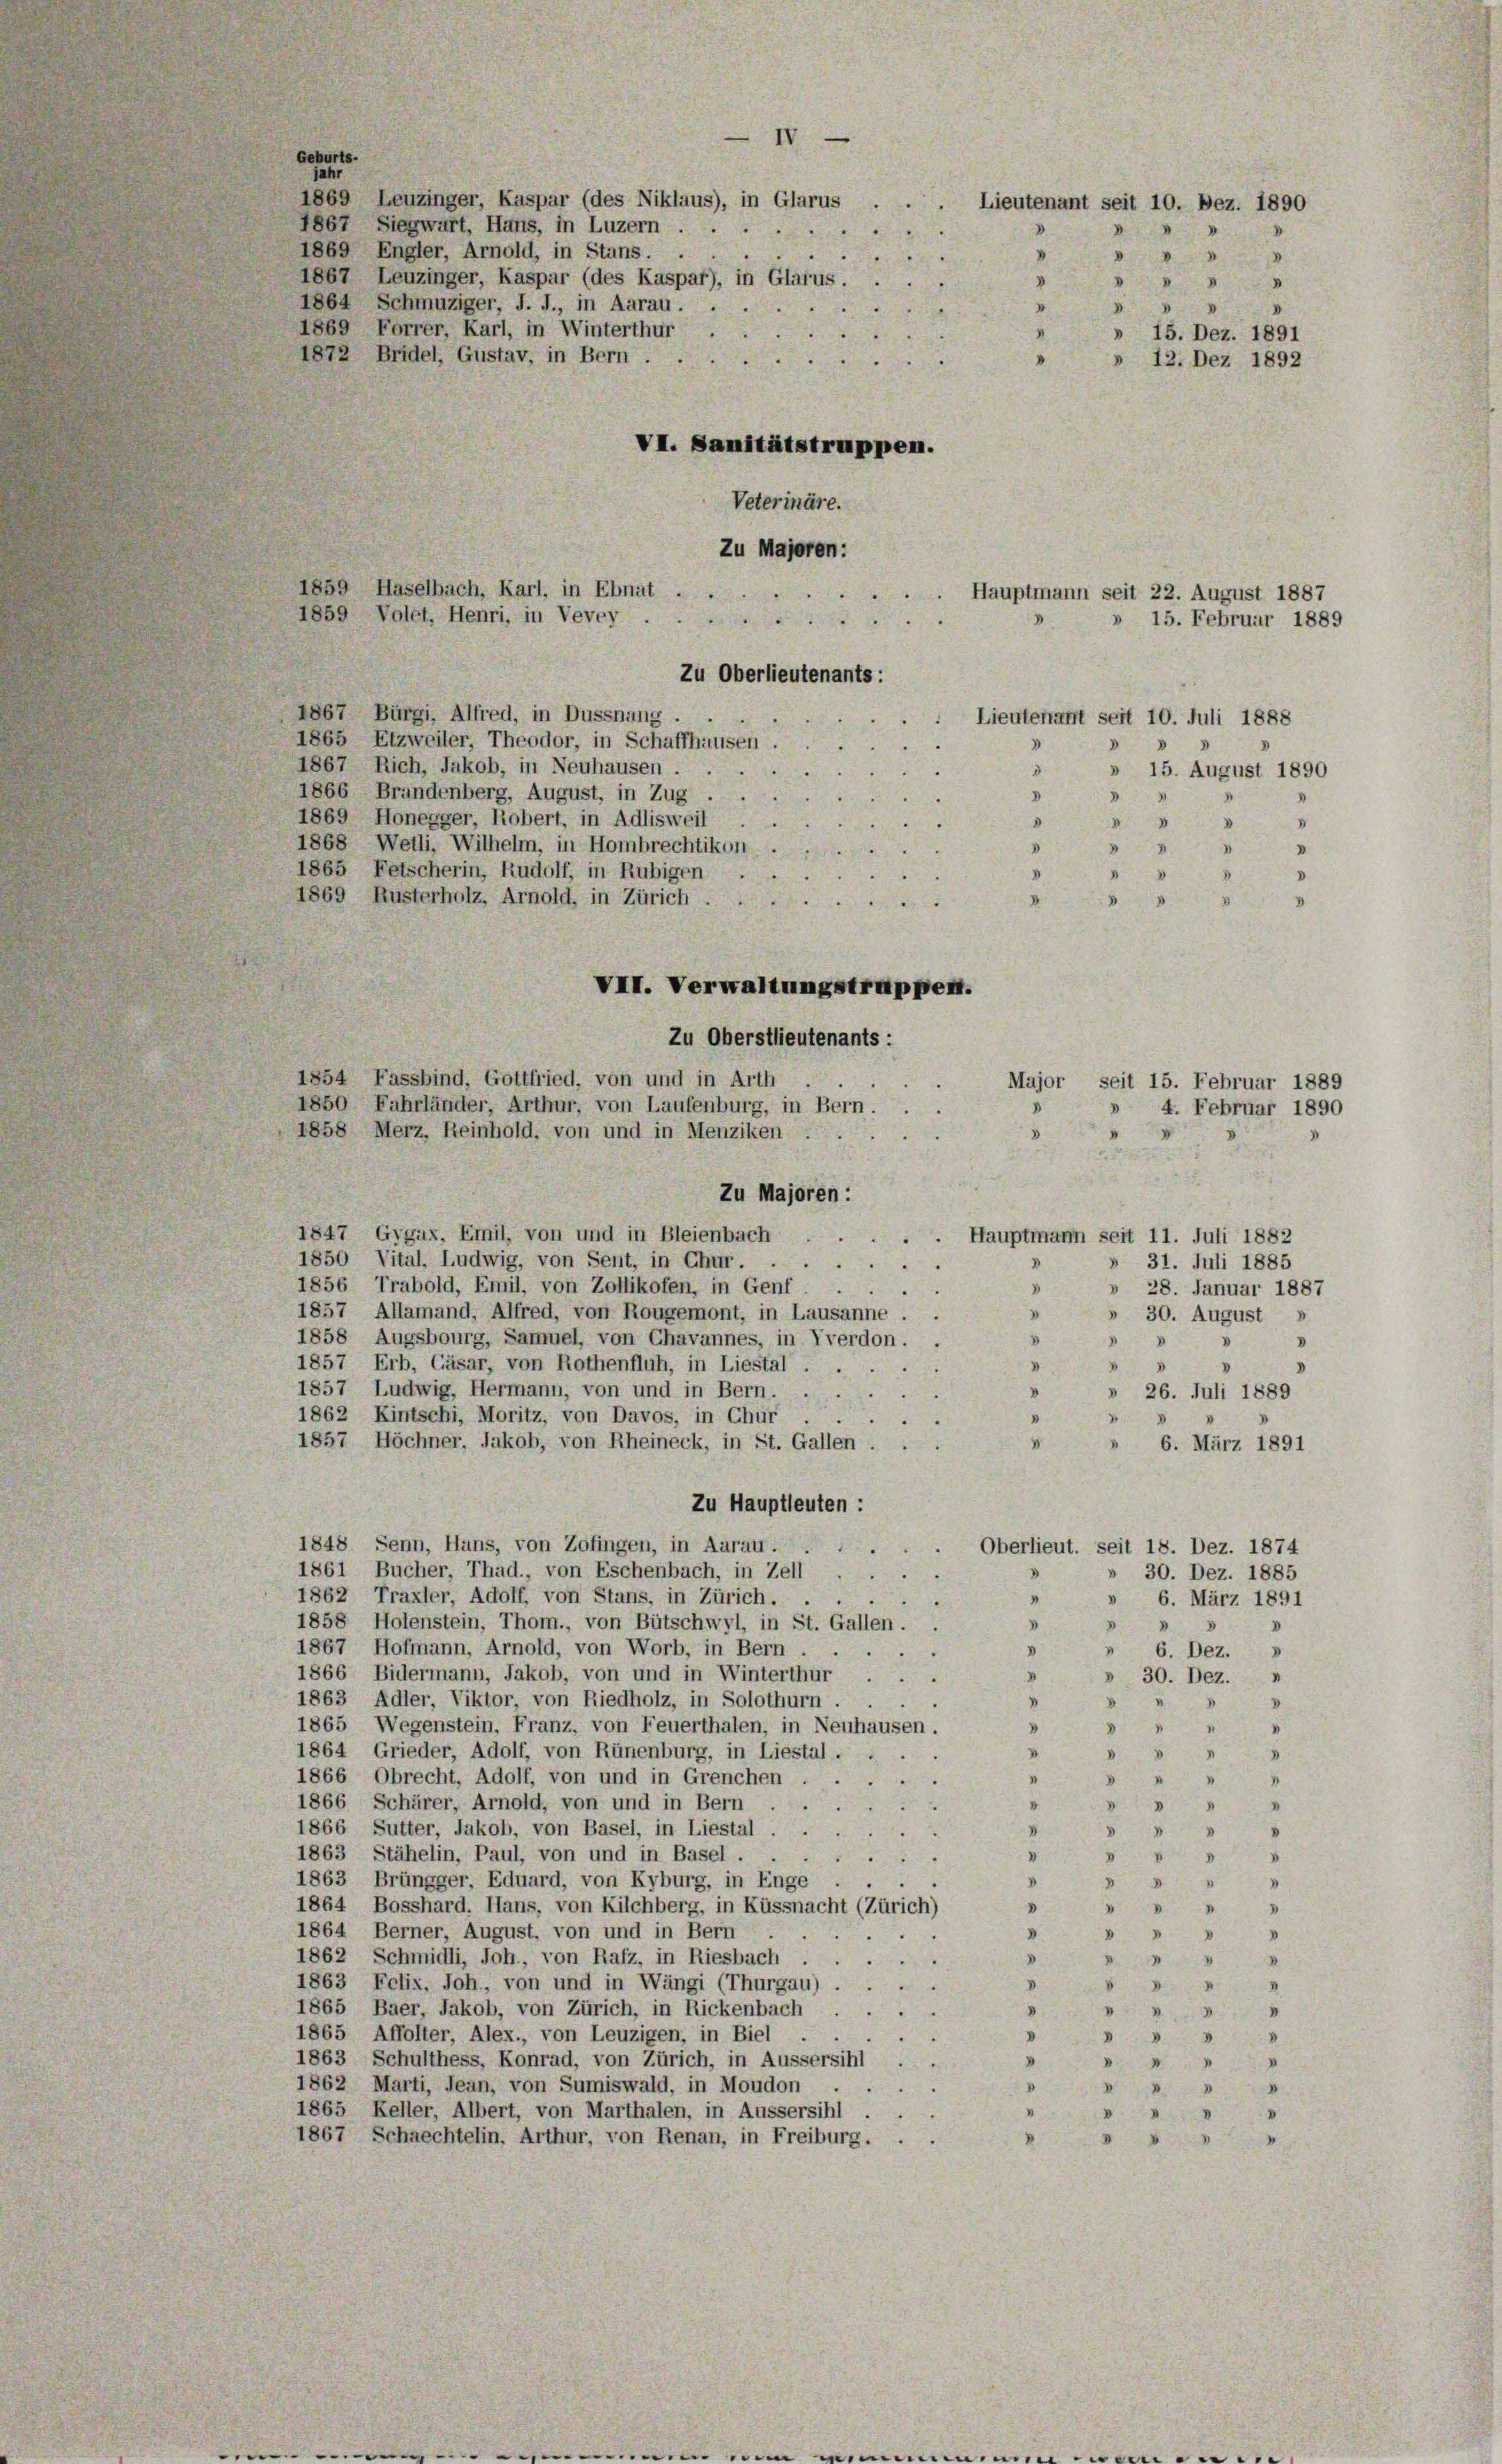
Geburts-
jahr
1869 Leuzinger, Kaspar (des Niklaus), in Glarus
1867 Siegwart, Hans, in Luzern
1869 Engler, Arnold, in Stans.
1867, Leuzinger, Kaspar (des Kaspar), in Glarus,
1864 Schmuziger, J. J., in Aarau.
1869 Forrer, Karl, in Winterthur
1872 Bridel, Gustav, in Bern.
Veterinäre.
Zu Majoren:
1859 Haselbach, Karl, in Ebnat. Hauptmann seit 22. August 1887
t
Zu Oberlieutenants:
1867 Bürgi, Alfred, in Dussnang
Lieutenant seit 10. Juli 1888
1865 Etzweiler, Theodor, in Schaffhausen
d
1867 Rich, Jakob, in Neuhausen.
D
» 15. August 1890
1866 Brundenberg, August, in Zug
D
I
1869 Honegger, Robert, in Adlisweil
0
 " " 8
1868 Wetli, Wilhelm, in Hombrechtikon
D
" " "
1865 Fetscherin, Rudolf, in Rubigen .
8
1869 Rusterholz, Arnold, in Zürich
4
i
V
VII. Verwaltungstruppen.
Zu Oberstlieutenants:
1854 Fassbind, Gottfried, von und in Arth
Major seit 15. Februar 1889
1850 Fahrländer, Arthur, von Laufenburg, in Bern.
1858 Merz, Reinhold, von und in Menziken .
3
.
Zu Majoren :
1847 Gygax, Emil, von und in Bleienbach
Hauptmann seit 11. Juli 1882
1850 Vital. Ludwig, von Sent, in Chur.
31. Juli 1885
1856 Trabold, Emil, von Zollikofen, in Genf
D
» 28. Januar 1887
5
1857 Allamand, Alfred, von Rougemont, in Lausanne
"
» 30. August
1858 Augsbourg, Samuel, von Chavannes, in Yverdon.
V

1857 Erb, Cäsar, von Rothenfluh, in Liestal
.

.
1857 Ludwig, Hermann, von und in Bern. . .
V
» 26. Juli 1889
1862 Kintschi, Moritz, von Davos, in Chur .
.
1857 Höchner, Jakob, von Rheineck, in St. Gallen . .
 " 6. März 1891
Zu Hauptleuten :
1848 Senn, Hans, von Zofingen, in Aarau.
1
Oberlieut. seit 18. Dez. 1874
1861 Bucher, Thad., von Eschenbach, in Zell
 30. Dez. 1885
.
1862 Traxler, Adolf, von Stans, in Zürich . . .
4
6. März 1891
1858 Holenstein, Thom., von Bütschwyl, in St. Gallen.
V
"
.
1867 Hofmann, Arnold, von Worb, in Bern
» 6. Dez.
8
1866 Bidermann, Jakob, von und in Winterthur
D
» 30. Dez.
1863 Adler, Viktor, von Riedholz, in Solothurn . .
 "
1865 Wegenstein, Franz, von Feuerthalen, in Neuhausen.
 " " 4
1864 Grieder, Adolf, von Rünenburg, in Liestal.
 18
1866 Obrecht, Adolf, von und in Grenchen

"
1866 Schärer, Arnold, von und in Bern
I
"

1866 Sutter, Jakob, von Basel, in Liestal
"
I
 4
1863 Stähelin, Paul, von und in Basel . .
"

“
V.
1863 Brüngger, Eduard, von Kyburg, in Enge

1864 Bosshard. Hans, von Kilchberg, in Küssnacht (Zürich)
"
 " " 8
1864 Berner, August, von und in Bern .
D

1862 Schmidli, Joh., von Rafz, in Riesbach .
4
D
.
I
1863 Felix, Joh, von und in Wängi (Thurgau)
"
V
I
1865 Baer, Jakob, von Zürich, in Rickenbach
1
I
1865 Affolter, Alex., von Leuzigen, in Biel . .
II

1863 Schulthess, Konrad, von Zürich, in Aussersihl
.

1862 Marti, Jean, von Sumiswald, in Moudon

1865 Keller, Albert, von Marthalen, in Aussersihl
.
.
1867 Schrechtelin. Arthur, von Renan, in Freiburg.
V
.
.

1859 Volet, Henri, in Vevey

IV
2
Lieutenant seit 10. Bez. 1890
d

V

.
V
» 15. Dez. 1891
"
» 12. Dez 1892
VI. Sanitätstruppen.

» 15. Februar 1889

» 4. Februar 1890